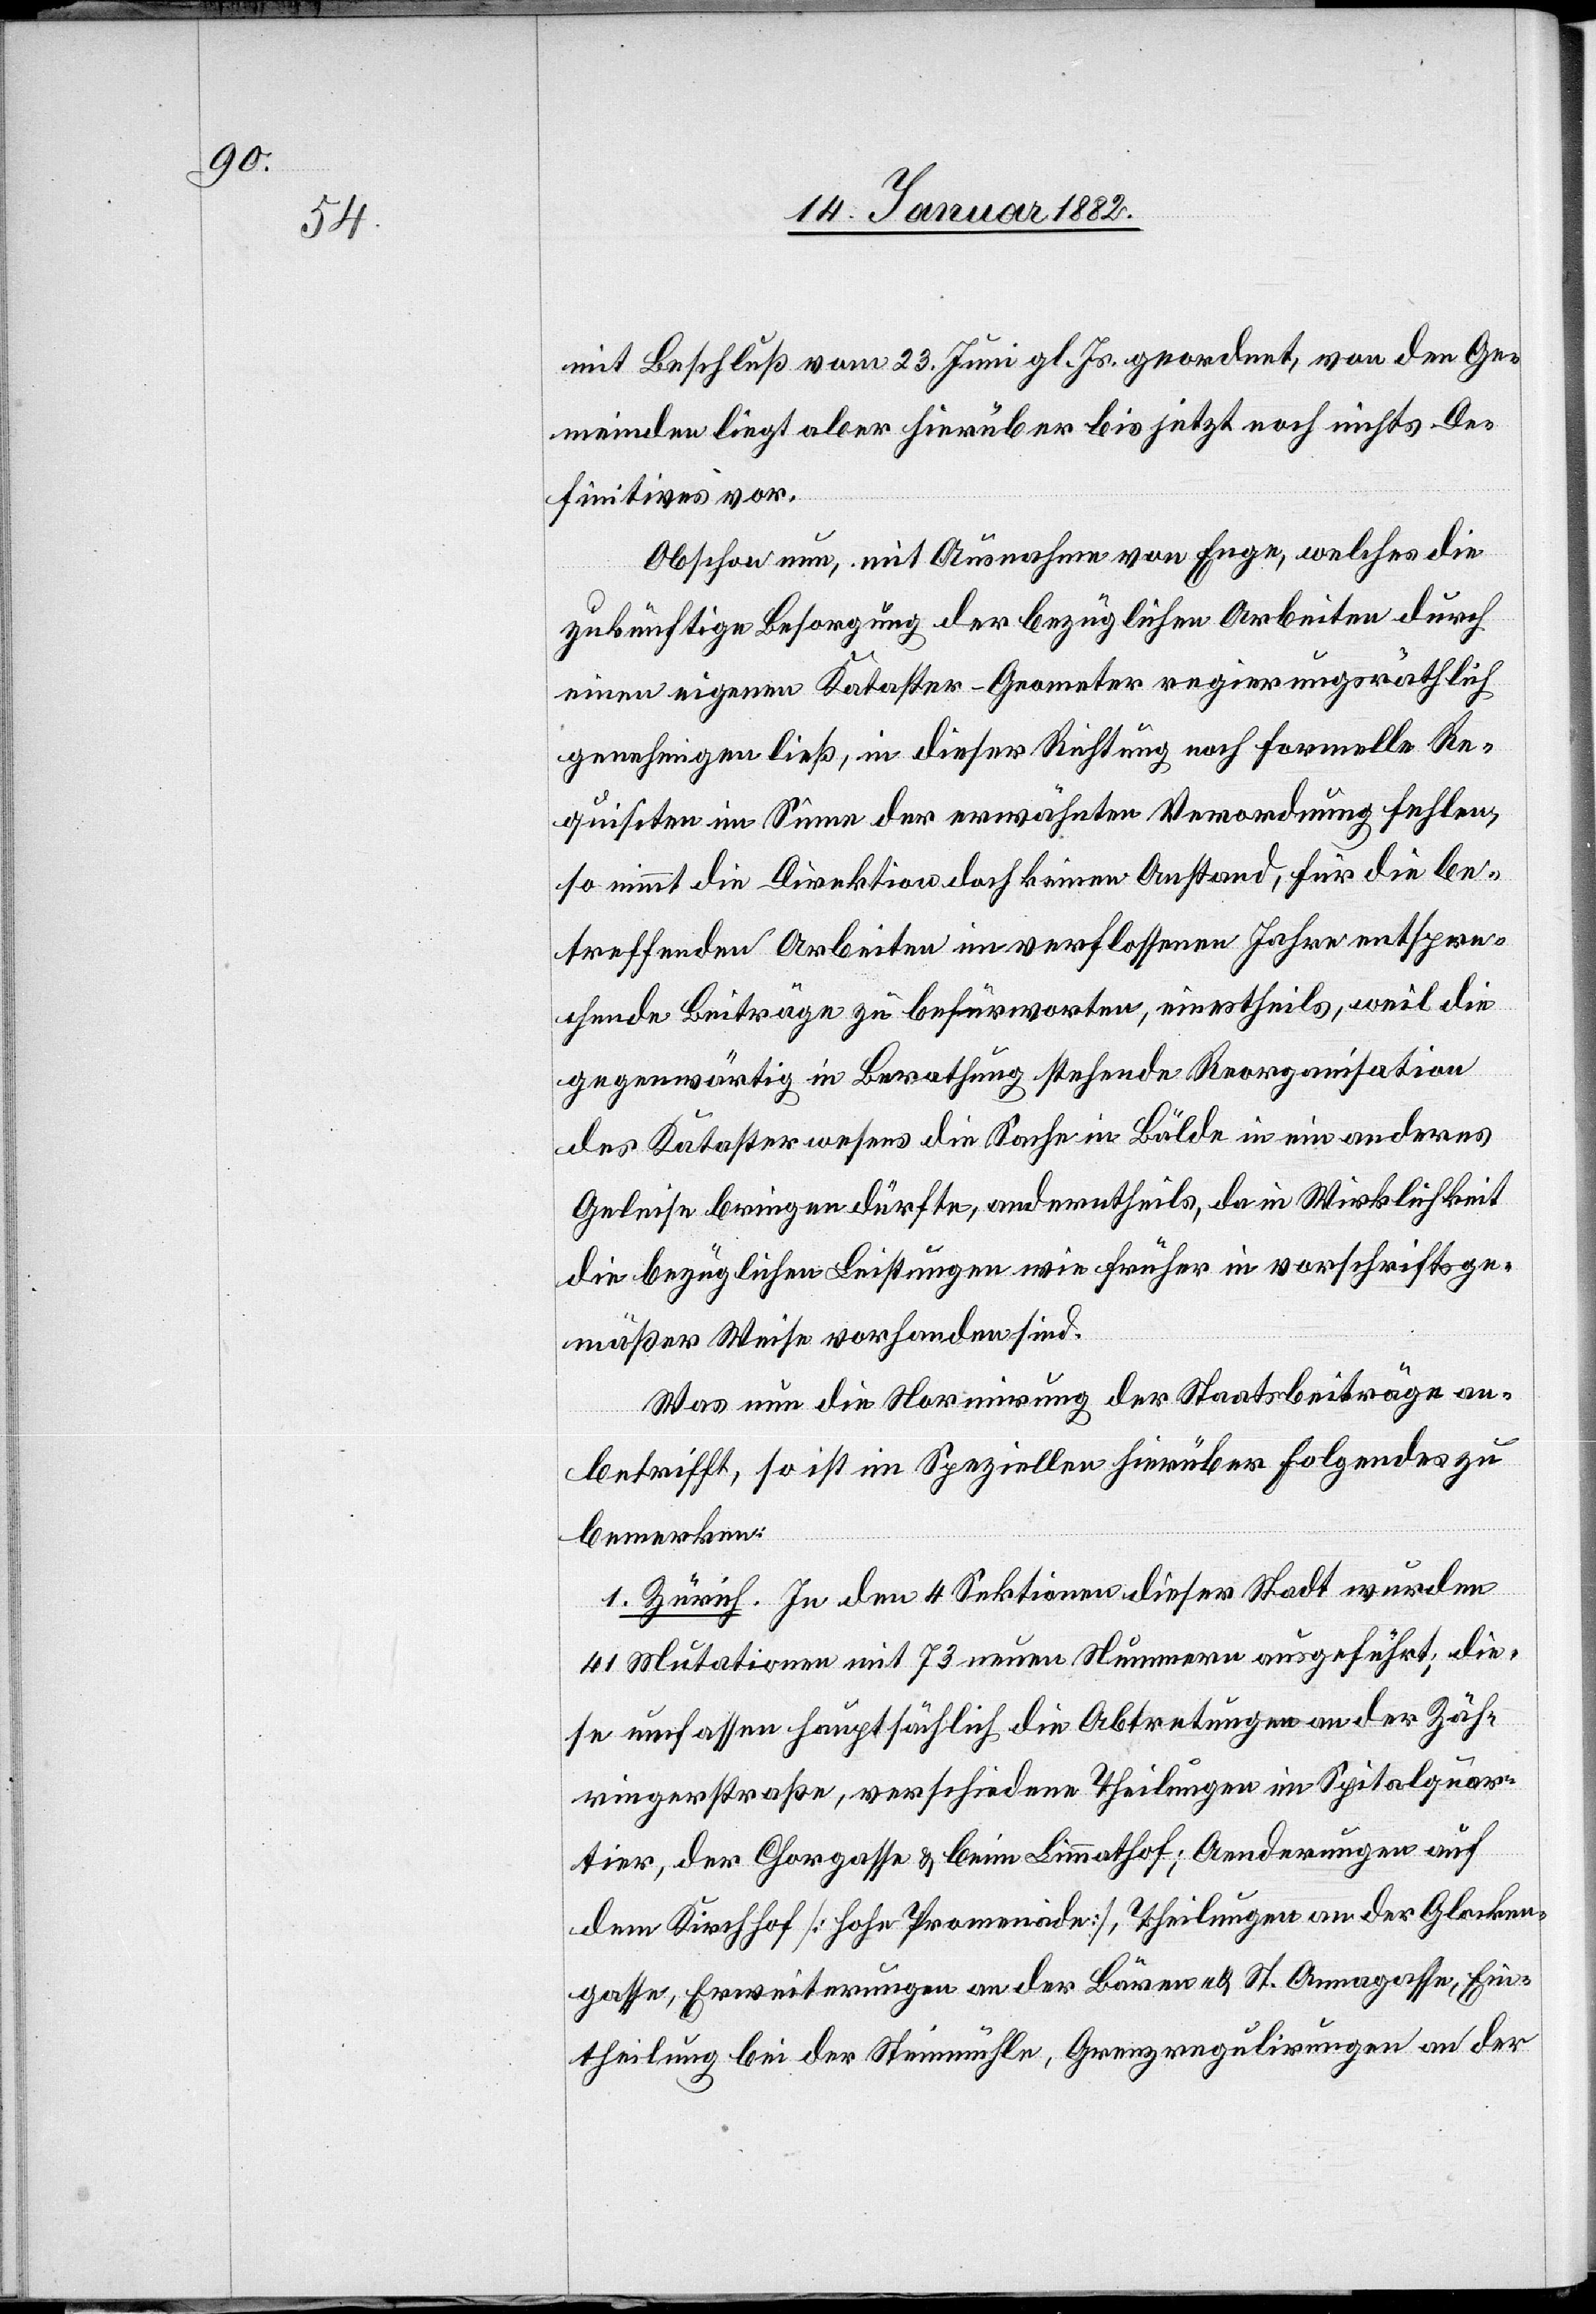
Glocke¬

mit Beschluß vom 23. Juni gl. Js. geordnet, von den Ge¬
meinden liegt aber hierüber bis jetzt noch nichts De¬
finitives vor.
Obschon nun, mit Ausnahme von Enge, welche die
zukünftige Besorgung der bezüglichen Arbeiten durch
einen eigenen Kataster-Geometer regierungsräthlich
genehmigen ließ, in dieser Richtung noch formelle Re¬
quisiten im Sinne der erwünschten Verordnung fehlen,
so nimmt die Direktion doch keinen Anstand, für die be¬
treffenden Arbeiten im verflossenen Jahre entspre¬
chende Beiträge zu befürworten, einestheils, weil die
gegenwärtig in Berathung stehende Reorganisation
des Katasterwesens die Sache in Bälde in ein anderes
Geleise bringen dürfte, anderntheils, da in Wirklichkeit
die bezüglichen Leistungen wie früher in vorschriftsge¬
mäßer Weise vorhanden sind.
Was nun die Normierung der Staatsbeiträge an¬
betrifft, so ist im Speziellen hierüber folgendes zu
bemerken:
1. Zürich. In den 4 Sektionen dieser Stadt wurden
41 Mutationen mit 73 neuen Nummern ausgeführt, die¬
se umfassen hauptsächlich die Abtretungen an der Zäh¬
ringerstraße, verschiedene Theilungen im Spitalquar¬
tier, der Chorgasse [hohe Promenade], Theilungen an
ngasse, Erweiterungen an der Bären- & Annagasse, Ein¬
theilung bei der Steinmühle, Grenzregulierungen an der